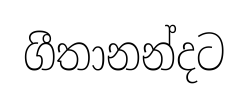
ගීතානන්දට